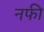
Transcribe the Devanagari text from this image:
नफी